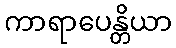
ကာရာပေန္တိယာ